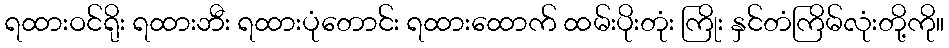
ရထားဝင်ရိုး ရထားဘီး ရထားပုံတောင်း ရထားထောက် ထမ်းပိုးတုံး ကြိုး နှင်တံကြိမ်လုံးတို့ကို။